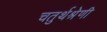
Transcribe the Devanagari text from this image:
चतुर्थश्रेणी